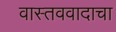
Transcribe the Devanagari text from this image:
वास्तववादाचा